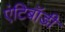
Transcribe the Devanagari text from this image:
एंटिबॉडी